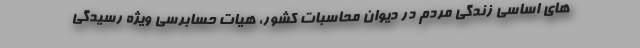
های اساسی زندگی مردم در دیوان محاسبات کشور، هیات حسابرسی ویژه رسیدگی